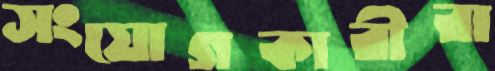
সংযোগকারীরা